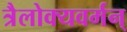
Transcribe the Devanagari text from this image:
त्रैलोक्यवर्मन्‌